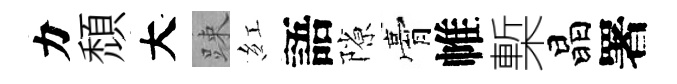
力頹大踈紅語隙膏帷槧晶署